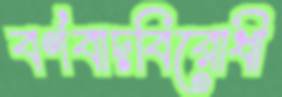
বর্ণবাদবিরোধী